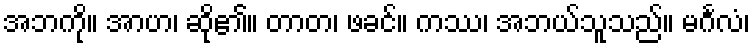
အဘကို။ အာဟ၊ ဆို၏။ တာတ၊ ဖခင်။ ကဿ၊ အဘယ်သူသည်။ မင်္ဂလံ၊